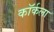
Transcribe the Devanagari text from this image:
कॉर्कला